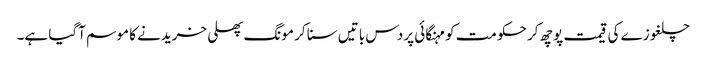
چلغوزے کی قیمت پوچھ کر حکومت کو مہنگائی پر دس باتیں سنا کر مونگ پھلی خریدنے کا موسم آگیا ہے۔